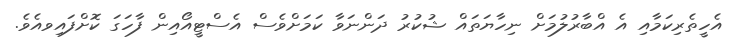
އެހީތެރިކަމާއި އެ އްބާރުލުމަށް ނިހާޔަތައް ޝުކުރު ދަންނަވާ ކަމަށްވެސް އެސްޓީއޯއިން ފާހަގަ ކޮށްފައިވއެވެ.